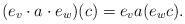
LaTeX: \begin{align*} (e_v \cdot a \cdot e_w) (c) = e_v a(e_w c). \end{align*}